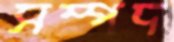
সম্পদ